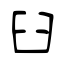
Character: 臼